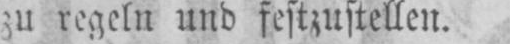
zu regeln und festzustellen.